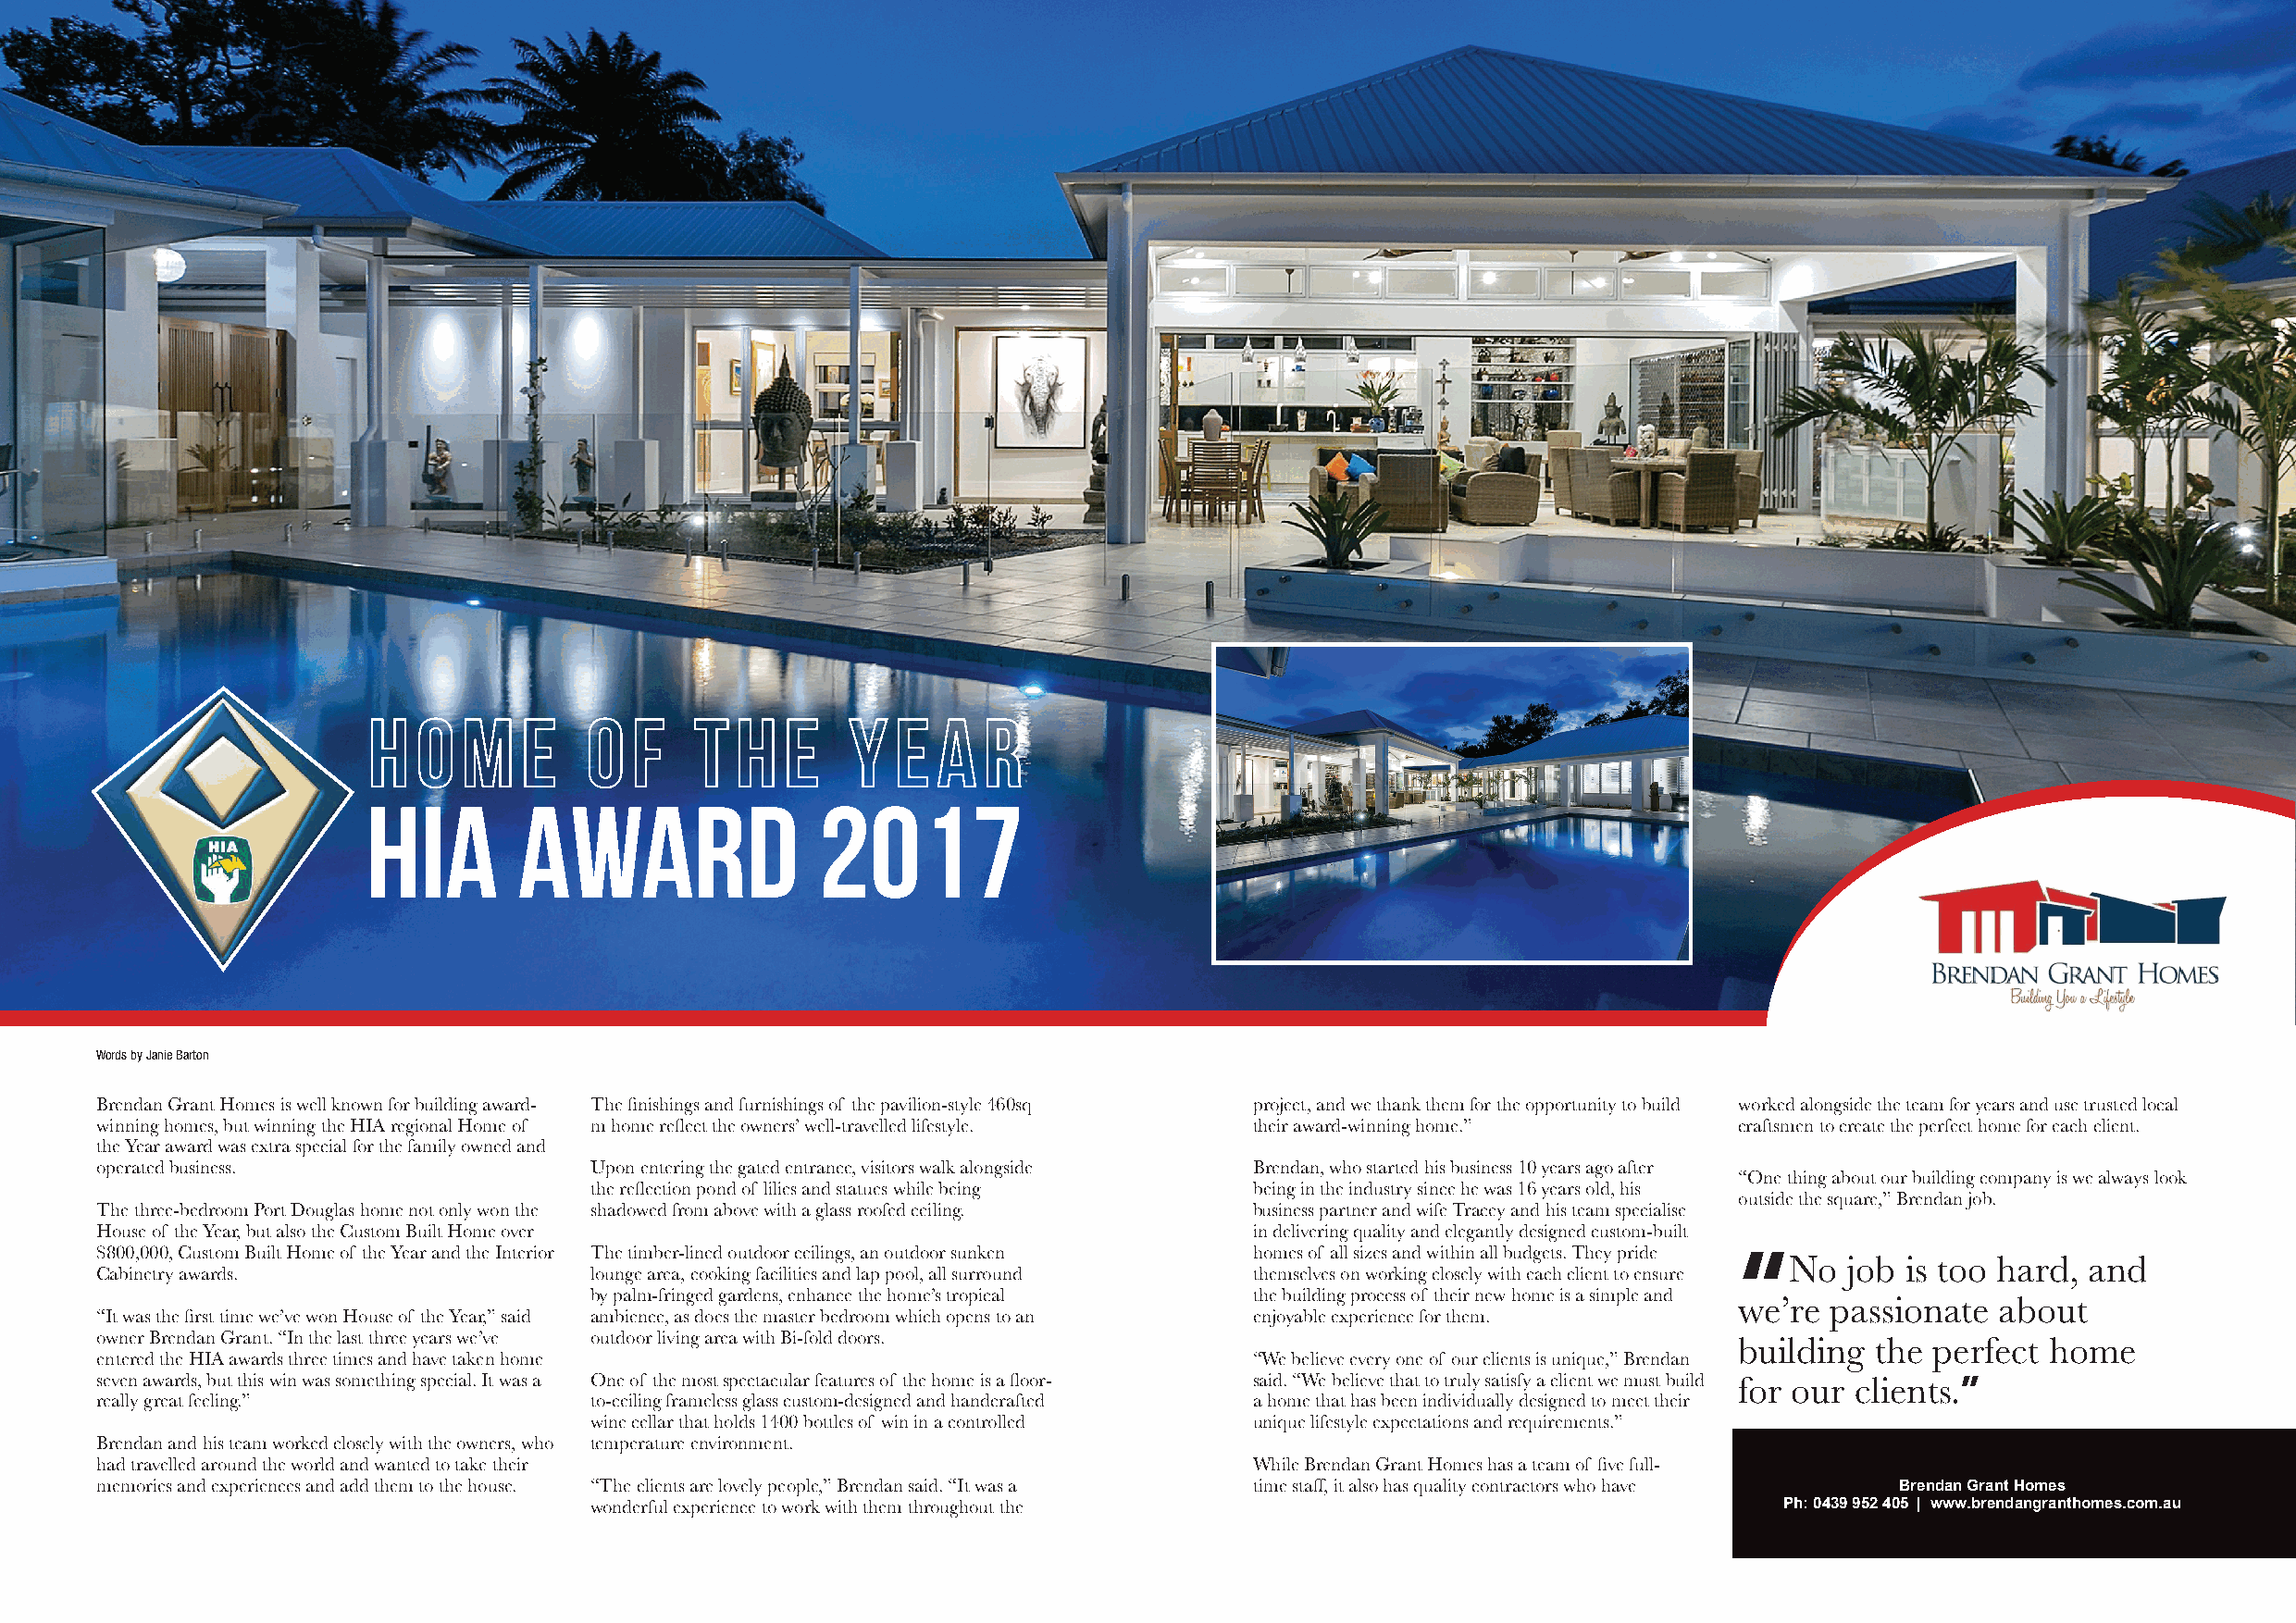
HIA        Award                 2017
 Words by Janie Barton
 Brendan Grant Homes is well known for building award- The finishings and furnishings of the pavilion-style 460sq project, and we thank them for the opportunity to build worked alongside the team for years and use trusted local
 winning homes, but winning the HIA regional Home of m home reflect the owners’ well-travelled lifestyle. their award-winning home.” craftsmen to create the perfect home for each client.
 the Year award was extra special for the family owned and
 operated business.                 Upon entering the gated entrance, visitors walk alongside Brendan, who started his business 10 years ago after
 “One thing about our building company is we always look
 the reflection pond of lilies and statues while being being in the industry since he was 16 years old, his
 outside the square,” Brendan job.
 The three-bedroom Port Douglas home not only won the shadowed from above with a glass roofed ceiling. business partner and wife Tracey and his team specialise
 House of the Year, but also the Custom Built Home over                             in delivering quality and elegantly designed custom-built
 $800,000, Custom Built Home of the Year and the Interior The timber-lined outdoor ceilings, an outdoor sunken homes of all sizes and within all budgets. They pride
 No  job is too hard, and
 Cabinetry awards.                  lounge area, cooking facilities and lap pool, all surround themselves on working closely with each client to ensure “
 by palm-fringed gardens, enhance the home’s tropical the building process of their new home is a simple and
 we’re  passionate  about
 “It was the first time we’ve won House of the Year,” said ambience, as does the master bedroom which opens to an enjoyable experience for them.
 owner Brendan Grant. “In the last three years we’ve outdoor living area with Bi-fold doors.
 building  the perfect  home
 entered the HIA awards three times and have taken home                             “We believe every one of our clients is unique,” Brendan
 seven awards, but this win was something special. It was a One of the most spectacular features of the home is a floor- said. “We believe that to truly satisfy a client we must build for our clients.”
 really great feeling.”             to-ceiling frameless glass custom-designed and handcrafted a home that has been individually designed to meet their
 wine cellar that holds 1400 bottles of win in a controlled unique lifestyle expectations and requirements.”
 Brendan and his team worked closely with the owners, who temperature environment.
 had travelled around the world and wanted to take their                            While Brendan Grant Homes has a team of five full-
 memories and experiences and add them to the house. “The clients are lovely people,” Brendan said. “It was a time staff, it also has quality contractors who have Brendan Grant Homes
 wonderful experience to work with them throughout the                                 Ph: 0439 952 405 | www.brendangranthomes.com.au